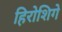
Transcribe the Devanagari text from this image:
हिरोशिगे